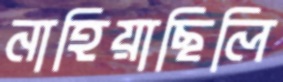
নাহিয়াছিলি